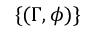
\{ ( \Gamma , \phi ) \}